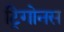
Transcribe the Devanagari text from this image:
ट्रिगोनस